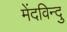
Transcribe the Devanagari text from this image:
मेंदविन्दु